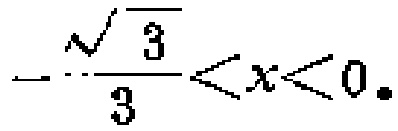
\(-\frac{\sqrt{3}}{3}<x<0\)